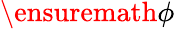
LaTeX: \ensuremath{\phi}